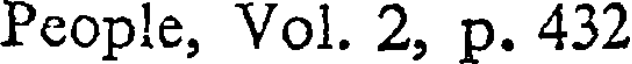
People, Vol. 2, p. 432